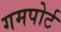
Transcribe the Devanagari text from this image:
गमपोर्ट